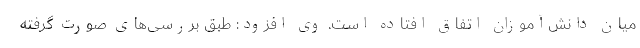
میان دانش‌آموزان اتفاق افتاده است. وی افزود: طبق بررسی‌های صورت گرفته